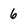
Character: 6